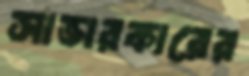
সাভারকারের